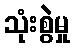
သုံးစွဲမှု